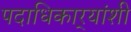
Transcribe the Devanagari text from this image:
पदाधिकार्‍यांशी